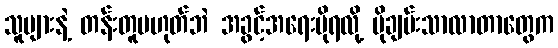
သူများနဲ့ တန်းတူမဟုတ်ဘဲ အခွင့်အရေးပိုရလို့ ပိုချမ်းသာလာတာတွေက